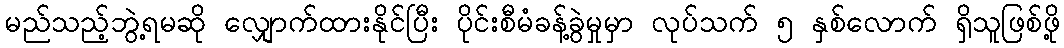
မည်သည့်ဘွဲ့ရမဆို လျှောက်ထားနိုင်ပြီး ပိုင်းစီမံခန့်ခွဲမှုမှာ လုပ်သက် ၅ နှစ်လောက် ရှိသူဖြစ်ဖို့